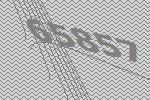
65857